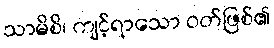
သာမိစိ၊ ကျင့်ရာသော ဝတ်ဖြစ်၏